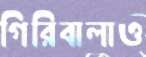
গিরিবালাও